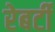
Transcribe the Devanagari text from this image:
रेबर्टी